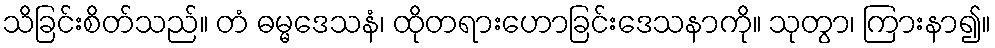
သိခြင်းစိတ်သည်။ တံ ဓမ္မဒေသနံ၊ ထိုတရားဟောခြင်းဒေသနာကို။ သုတွာ၊ ကြားနာ၍။